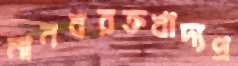
মানবরক্তখাদ্যপ্র